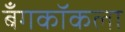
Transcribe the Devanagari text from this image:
बँगकॉकला